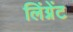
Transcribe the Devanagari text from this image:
लिंग्नेंट